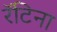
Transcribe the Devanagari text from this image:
रॅटिना